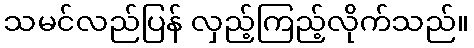
သမင်လည်ပြန် လှည့်ကြည့်လိုက်သည်။